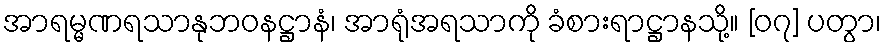
အာရမ္မဏရသာနုဘဝနဋ္ဌာနံ၊ အာရုံအရသာကို ခံစားရာဋ္ဌာနသို့။ [၀၇] ပတွာ၊